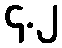
၄.၂